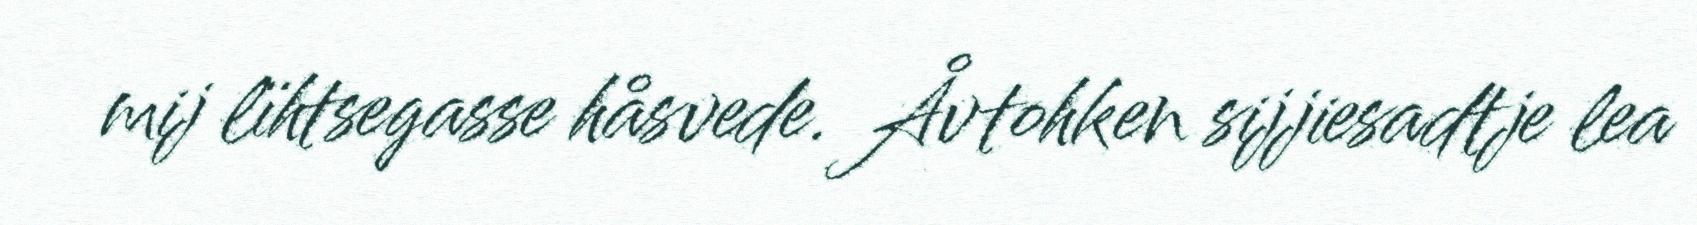
mij lïhtsegasse håsvede. Åvtohken sijjiesadtje lea